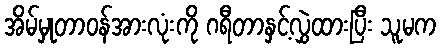
အိမ်မှုတာဝန်အားလုံးကို ဂရီတာနှင့်လွှဲထားပြီး သူမက